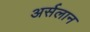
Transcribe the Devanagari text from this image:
अर्सलान